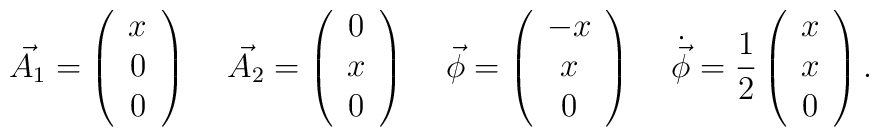
\vec{A_{1}}=\left( \begin{array}{c} x \\ 0\\0  \end{array}\right) \;\;\;\;\vec{A_{2}}=\left( \begin{array}{c} 0\\x\\0  \end{array}\right) \;\;\;\;\vec{\phi}=\left( \begin{array}{c} -x\\x\\0  \end{array} \right) \; \;\;\;\dot{\vec{\phi}}=\frac{1}{2}\left(\begin{array}{c}x\\ x \\ 0 \end{array}\right)  .